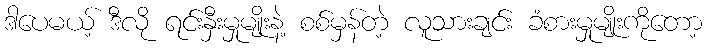
ဒါပေမယ့် ဒီလို ရင်းနှီးမှုမျိုးနဲ့ စစ်မှန်တဲ့ လူသားချင်း ခံစားမှုမျိုးကိုတော့